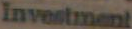
Investment